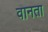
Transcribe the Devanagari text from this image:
वानता